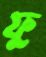
ফু